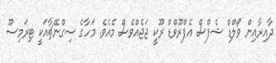
ދާއިރާއިން ވޯލްޑް ޝެފްސް އެޕްރޫވްޑް ރޫކީ ޖަޖެއްވެސް މެއެވެ. މަހާގެ ސިގްނޭޗާއަކީ ޓިރަމިސޫ